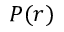
P ( r )